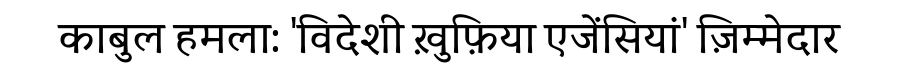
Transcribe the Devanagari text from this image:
काबुल हमला: 'विदेशी ख़ुफ़िया एजेंसियां' ज़िम्मेदार